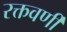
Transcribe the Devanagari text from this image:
रक्तवर्णी